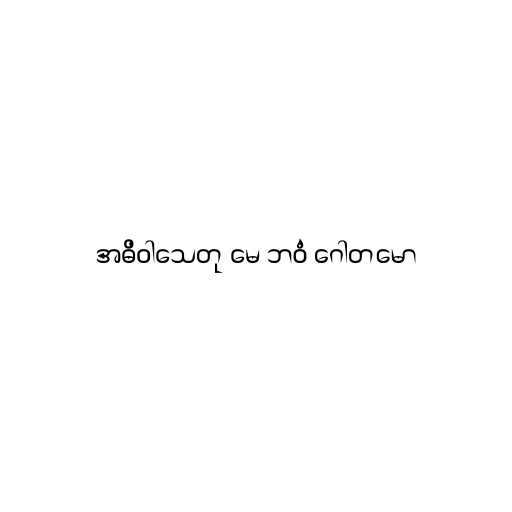
အဓိဝါသေတု မေ ဘဝံ ဂေါတမော